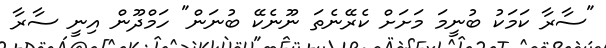
"ސާރާ ކަމަކު ބުނީމަ މަށަށް ކެރޭނެތަ ނޫނެކޭ ބުނަން" ހަމްދޫން އިނީ ސާރާ